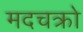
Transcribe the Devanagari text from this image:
मदचक्रो